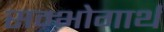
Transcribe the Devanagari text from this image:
सम्भोगार्थ